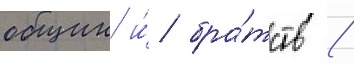
общин и́ бра́тств /